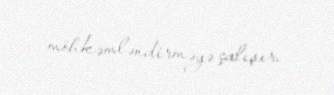
möhkəmləndirməyə çalışır.